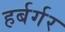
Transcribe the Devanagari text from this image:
हर्बर्गर